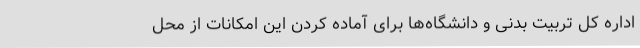
اداره کل تربیت بدنی و دانشگاه‌ها برای آماده کردن این امکانات از محل